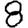
Digit: 8